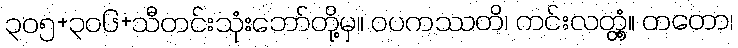
၃၀၅+၃၀၆+သီတင်းသုံးဘော်တို့မှ။ ဝပကဿတိ၊ ကင်းလတ္တံ့။ တတော၊